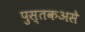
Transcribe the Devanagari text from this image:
पुस्तकअसे